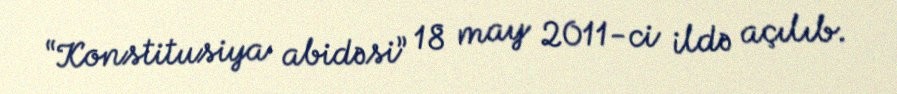
“Konstitusiya abidəsi” 18 may 2011-ci ildə açılıb.